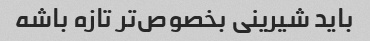
باید شیرینی بخصوص‌تر تازه باشه